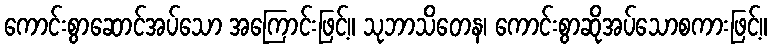
ကောင်းစွာဆောင်အပ်သော အကြောင်းဖြင့်။ သုဘာသိတေန၊ ကောင်းစွာဆိုအပ်သောစကားဖြင့်။